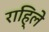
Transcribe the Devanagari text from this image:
राहि्ले